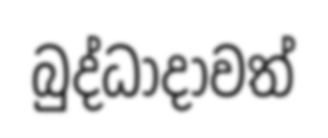
බුද්ධාදාවත්